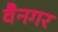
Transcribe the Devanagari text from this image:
वैनगर